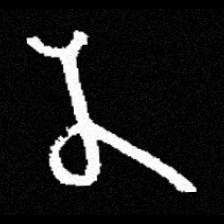
Pyu character \u2014 Myanmar letter: န (romanized: na)